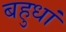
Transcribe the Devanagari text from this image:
बहुधां